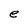
Character: e